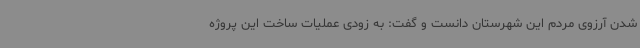
شدن آرزوی مردم این شهرستان دانست و گفت: به زودی عملیات ساخت این پروژه